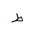
Letter: _da